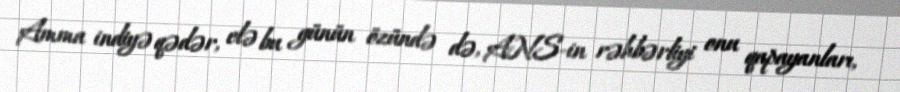
Amma indiyə qədər, elə bu günün özündə də, ANS-in rəhbərliyi onu qapayanları,